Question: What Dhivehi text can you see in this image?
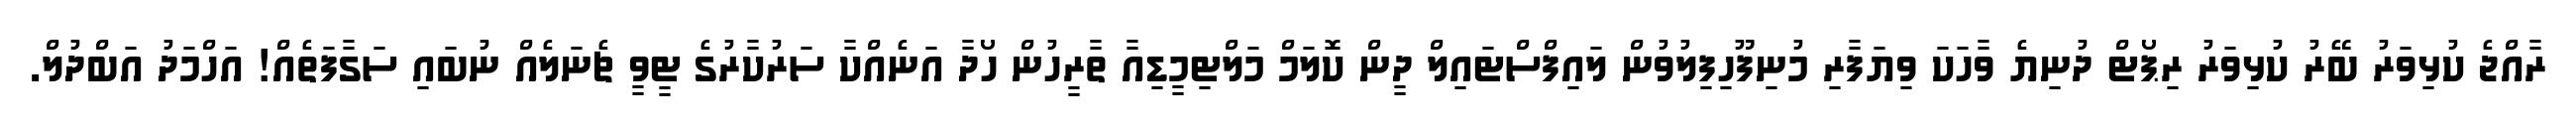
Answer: ރާއްޖެ ކުޅިވަރު ބޭރު ކުޅިވަރު ރިޕޯޓް ދުނިޔެ ވާހަކަ ވިޔަފާރި މުނިފޫހިފިލުވުން ލައިފްސްޓައިލް ދީން ކޮލަމް މަލްޓިމީޑިއާ ތާރީހުން ހޯދާ އަނެއްކާ ސަރުކާރުގެ ޓީވީ ޗެނަލެއް ނުބައި ސަގާފަތެއް! އަހްމަދު އަބްދުލް.